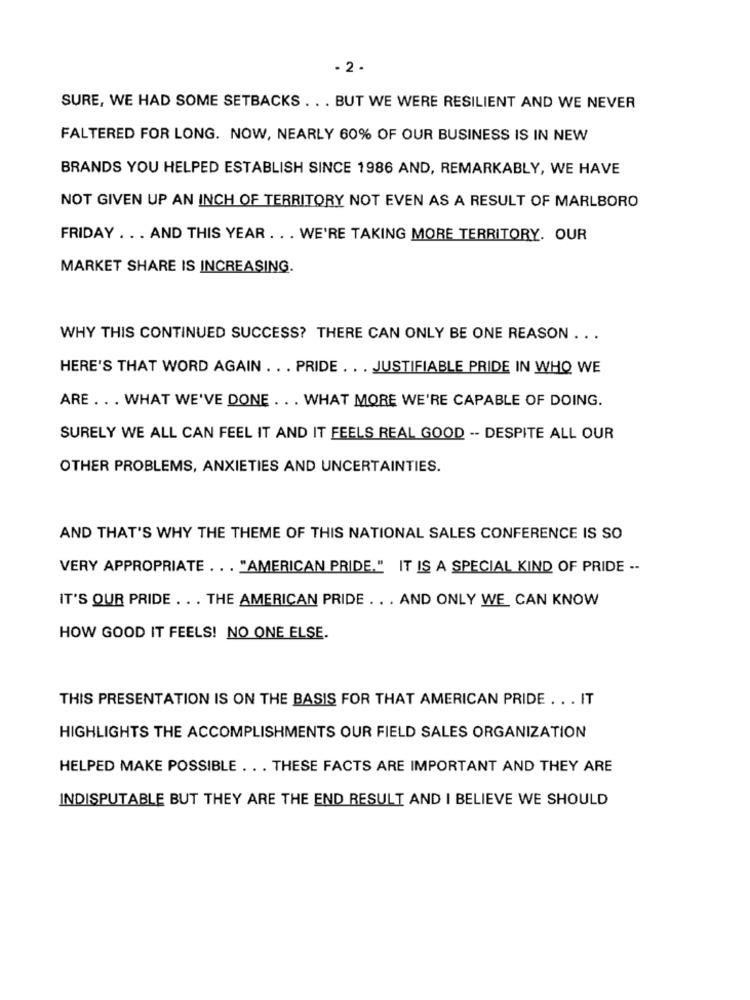
- 2 -
SURE, WE HAD SOME SETBACKS . . . BUT WE WERE RESILIENT AND WE NEVER
FALTERED FOR LONG. NOW, NEARLY 60% OF OUR BUSINESS IS IN NEW
BRANDS YOU HELPED ESTABLISH SINCE 1986 AND, REMARKABLY, WE HAVE
NOT GIVEN UP AN INCH OF TERRITORY NOT EVEN AS A RESULT OF MARLBORO
FRIDAY . .. AND THIS YEAR . . . WE'RE TAKING MORE TERRITORY. OUR
MARKET SHARE IS INCREASING.
WHY THIS CONTINUED SUCCESS? THERE CAN ONLY BE ONE REASON ...
HERE'S THAT WORD AGAIN . . . PRIDE . .. JUSTIFIABLE PRIDE IN WHO WE
ARE . . . WHAT WE'VE DONE . .. WHAT MORE WE'RE CAPABLE OF DOING.
SURELY WE ALL CAN FEEL IT AND IT FEELS REAL GOOD -- DESPITE ALL OUR
OTHER PROBLEMS, ANXIETIES AND UNCERTAINTIES.
AND THAT'S WHY THE THEME OF THIS NATIONAL SALES CONFERENCE IS SO
VERY APPROPRIATE ... "AMERICAN PRIDE." IT IS A SPECIAL KIND OF PRIDE --
IT'S OUR PRIDE ... THE AMERICAN PRIDE .. . AND ONLY WE CAN KNOW
HOW GOOD IT FEELS! NO ONE ELSE.
THIS PRESENTATION IS ON THE BASIS FOR THAT AMERICAN PRIDE . . . IT
HIGHLIGHTS THE ACCOMPLISHMENTS OUR FIELD SALES ORGANIZATION
HELPED MAKE POSSIBLE . .. THESE FACTS ARE IMPORTANT AND THEY ARE
INDISPUTABLE BUT THEY ARE THE END RESULT AND I BELIEVE WE SHOULD